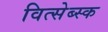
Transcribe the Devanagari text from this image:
वित्सेब्स्क